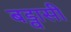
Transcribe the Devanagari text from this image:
बड्वासी